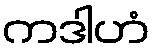
ကဒါဟံ